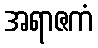
အရာဇကံ